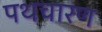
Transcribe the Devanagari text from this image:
पथचारण